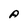
Character: A